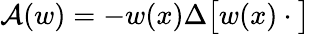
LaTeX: {\mathcal A}(w)=-w(x)\Delta\big[w(x)\cdot\big]